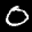
Label: 0